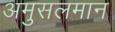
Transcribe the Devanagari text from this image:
अमुसलमान